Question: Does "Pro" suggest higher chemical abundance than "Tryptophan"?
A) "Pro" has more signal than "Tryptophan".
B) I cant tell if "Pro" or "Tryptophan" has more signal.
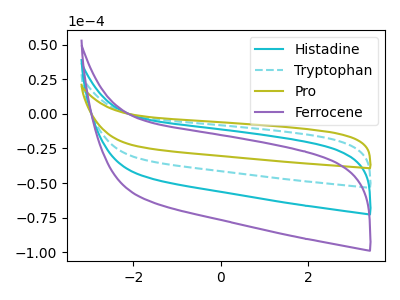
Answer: <think>The cyan curve "Histadine" has no peaks. The cyan dashed curve "Tryptophan" has no peaks. The olive curve "Pro" has no peaks. The purple curve "Ferrocene" has no peaks.
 Neither "Pro" or "Tryptophan" have any peaks.</think>
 <answer>B) I cant tell if "Pro" or "Tryptophan" has more signal.</answer>
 <eval>B</eval>